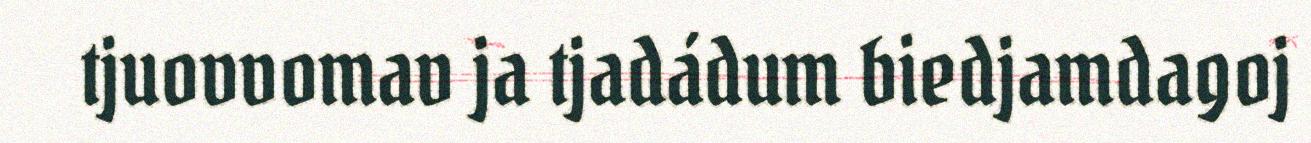
tjuovvomav ja tjadádum biedjamdagoj